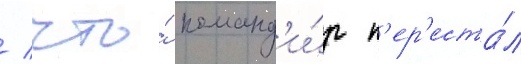
/ что́ команд'и́р п'ер'еста́л